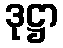
ဒုဋ္ဌာ